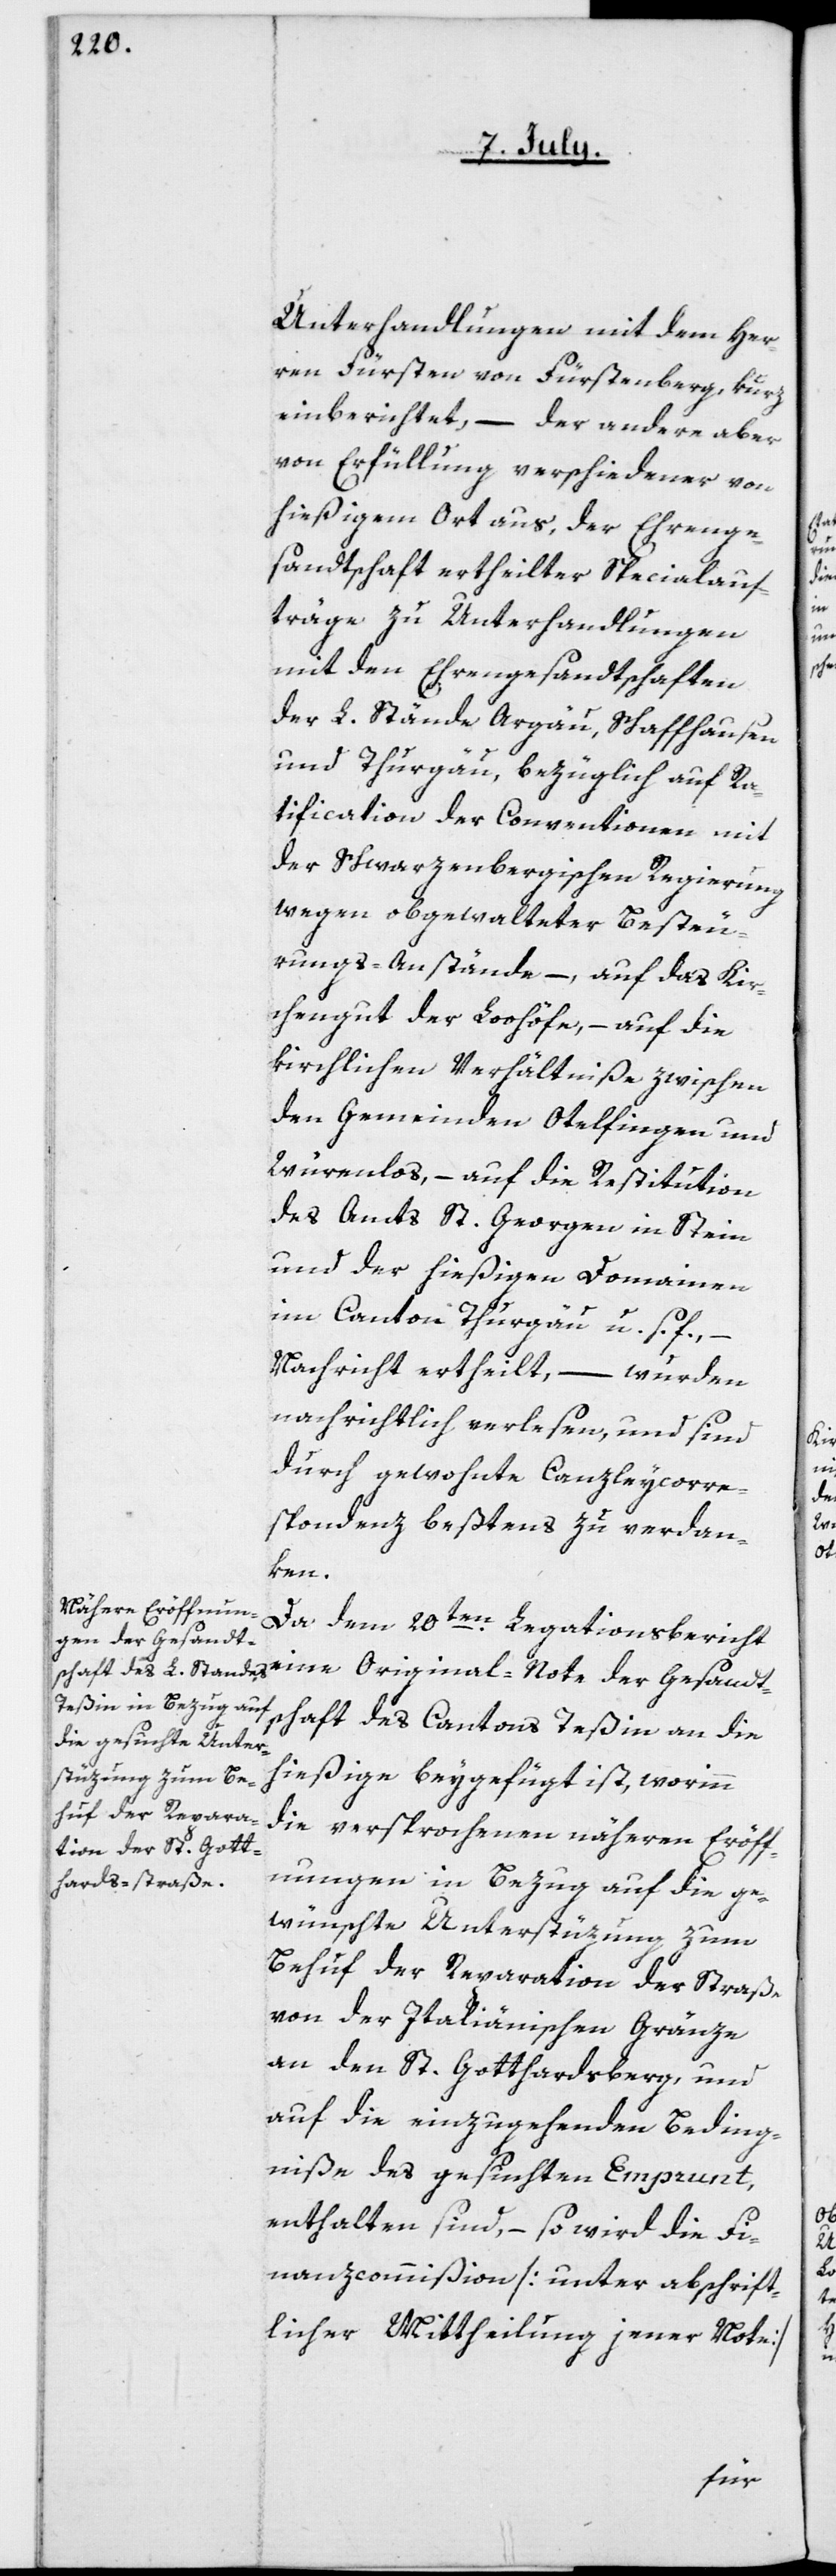
Unterhandlungen mit dem Her¬
ren Fürsten von Fürstenberg, kurz
einberichtet, – der andere aber
von Erfüllung verschiedener von
hießigem Ort aus der Ehrenge¬
sandtschaft ertheilter Specialauf¬
träge, zu Unterhandlungen
mit den Ehrengesandtschaften
der L. Stände Argäu, Schaffhausen
und Thurgäu, bezüglich auf Ra¬
tification der Conventionen mit
der Schwarzenbergischen Regierung
wegen obgewalteter Besteu¬
rungs-Anstände, – auf das Kir¬
chengut der Loohöfe, – auf die
kirchlichen Verhältniße zwischen
den Gemeinden Otelfingen und
Würenlos, – auf die Restitution
des Amts St. Georgen in Stein
und der hießigen Domainen
im Canton Thurgäu u. s. f., –
Nachricht ertheilt, – wurden
nachrichtlich verlesen, und sind
durch gewohnte Canzleycorre¬
spondenz beßtens zu verdan¬
ken.
Da dem 20ten Legationsbericht
eine Original-Note der Gesandt¬
hießige beygefügt ist, worinn
die versprochenen näheren Eröff¬
nungen in Bezug auf die ge¬
wünschte Unterstüzung zum
Behuf der Reparation der Straße
von der Italiänischen Gränze
an den St. Gotthardsberg, und
auf die einzugehenden Beding¬
niße des gesuchten Emprunt,
enthalten sind, – so wird die Fi¬
nanzcommißion [unter abschrift¬
licher Mittheilung jener Note]
schaft